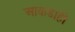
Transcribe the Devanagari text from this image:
आकडाही